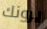
يرونك